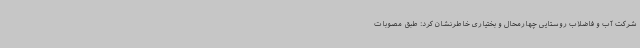
شرکت آب و فاضلاب روستایی چهارمحال و بختیاری خاطرنشان کرد: طبق مصوبات